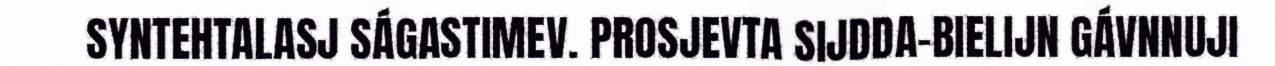
SYNTEHTALASJ SÁGASTIMEV. PROSJEVTA SIJDDA-BIELIJN GÁVNNUJI